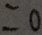
= 0